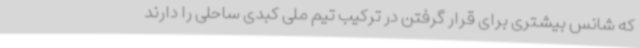
که شانس بیشتری برای قرار گرفتن در ترکیب تیم ملی کبدی ساحلی را دارند